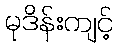
မုဒိန်းကျင့်